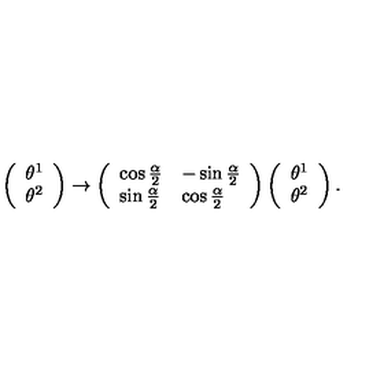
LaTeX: \left( \begin{array} { l } { \theta ^ { 1 } } \\ { \theta ^ { 2 } } \\ \end{array} \right) \rightarrow \left( \begin{array} { l l } { \cos \frac { \alpha } { 2 } } & { - \sin \frac { \alpha } { 2 } } \\ { \sin \frac { \alpha } { 2 } } & { \cos \frac { \alpha } { 2 } } \\ \end{array} \right) \left( \begin{array} { l } { \theta ^ { 1 } } \\ { \theta ^ { 2 } } \\ \end{array} \right) .